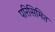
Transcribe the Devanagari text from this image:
परिसिमित